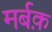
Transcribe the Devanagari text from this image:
मर्बक़